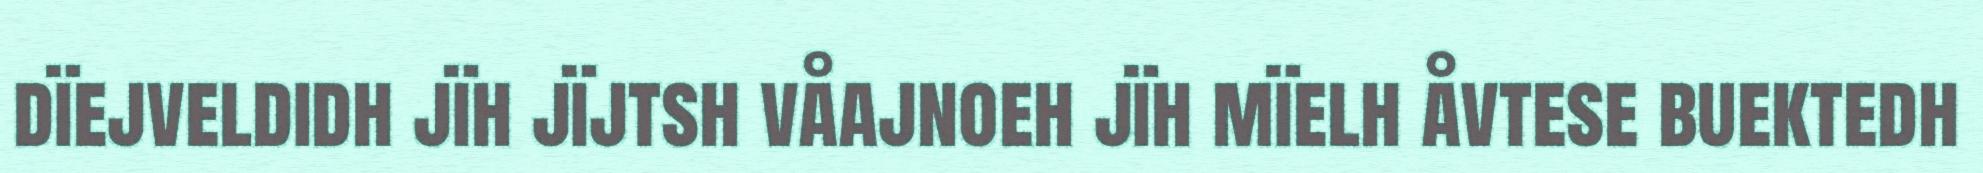
dïejveldidh jïh jïjtsh våajnoeh jïh mïelh åvtese buektedh